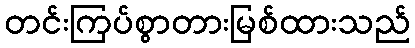
တင်းကြပ်စွာတားမြစ်ထားသည်